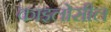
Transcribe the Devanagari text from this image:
काइलोसील